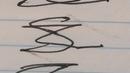
Signature authenticity: forged